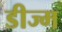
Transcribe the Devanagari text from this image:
डीज्म